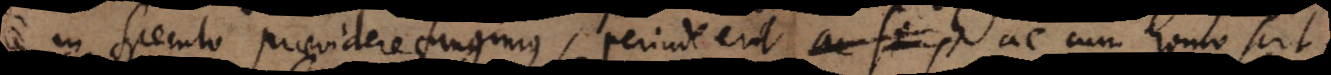
in speculo praevidere fingimus, perinde erit ac cum homo scit